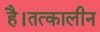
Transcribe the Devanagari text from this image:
है।तत्कालीन